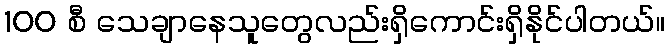
100 စီ သေချာနေသူတွေလည်းရှိကောင်းရှိနိုင်ပါတယ်။